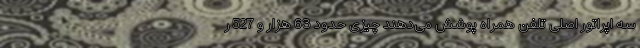
سه اپراتور اصلی تلفن همراه پوشش می‌دهند چیزی حدود 63 هزار و 527 ر